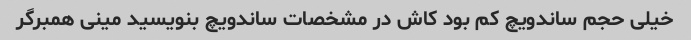
خیلی حجم ساندویچ کم بود کاش در مشخصات ساندویچ بنویسید مینی همبرگر